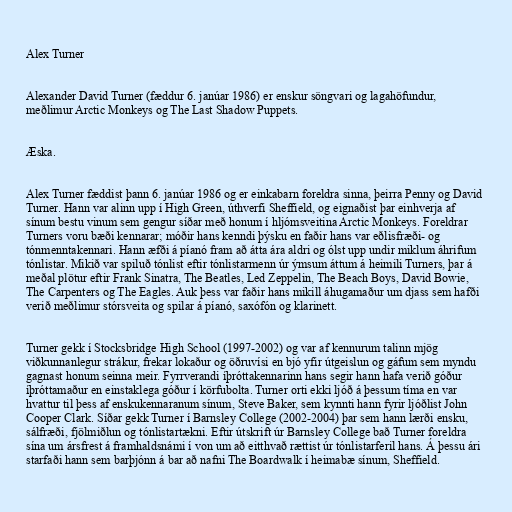
Alex Turner

Alexander David Turner (fæddur 6. janúar 1986) er enskur söngvari og lagahöfundur,
meðlimur Arctic Monkeys og The Last Shadow Puppets.

Æska.

Alex Turner fæddist þann 6. janúar 1986 og er einkabarn foreldra sinna, þeirra Penny og David
Turner. Hann var alinn upp í High Green, úthverfi Sheffield, og eignaðist þar einhverja af
sínum bestu vinum sem gengur síðar með honum í hljómsveitina Arctic Monkeys. Foreldrar
Turners voru bæði kennarar; móðir hans kenndi þýsku en faðir hans var eðlisfræði- og
tónmenntakennari. Hann æfði á píanó fram að átta ára aldri og ólst upp undir miklum áhrifum
tónlistar. Mikið var spiluð tónlist eftir tónlistarmenn úr ýmsum áttum á heimili Turners, þar á
meðal plötur eftir Frank Sinatra, The Beatles, Led Zeppelin, The Beach Boys, David Bowie,
The Carpenters og The Eagles. Auk þess var faðir hans mikill áhugamaður um djass sem hafði
verið meðlimur stórsveita og spilar á píanó, saxófón og klarinett.

Turner gekk í Stocksbridge High School (1997-2002) og var af kennurum talinn mjög
viðkunnanlegur strákur, frekar lokaður og öðruvísi en bjó yfir útgeislun og gáfum sem myndu
gagnast honum seinna meir. Fyrrverandi íþróttakennarinn hans segir hann hafa verið góður
íþróttamaður en einstaklega góður í körfubolta. Turner orti ekki ljóð á þessum tíma en var
hvattur til þess af enskukennaranum sínum, Steve Baker, sem kynnti hann fyrir ljóðlist John
Cooper Clark. Síðar gekk Turner í Barnsley College (2002-2004) þar sem hann lærði ensku,
sálfræði, fjölmiðlun og tónlistartækni. Eftir útskrift úr Barnsley College bað Turner foreldra
sína um ársfrest á framhaldsnámi í von um að eitthvað rættist úr tónlistarferil hans. Á þessu ári
starfaði hann sem barþjónn á bar að nafni The Boardwalk í heimabæ sínum, Sheffield.